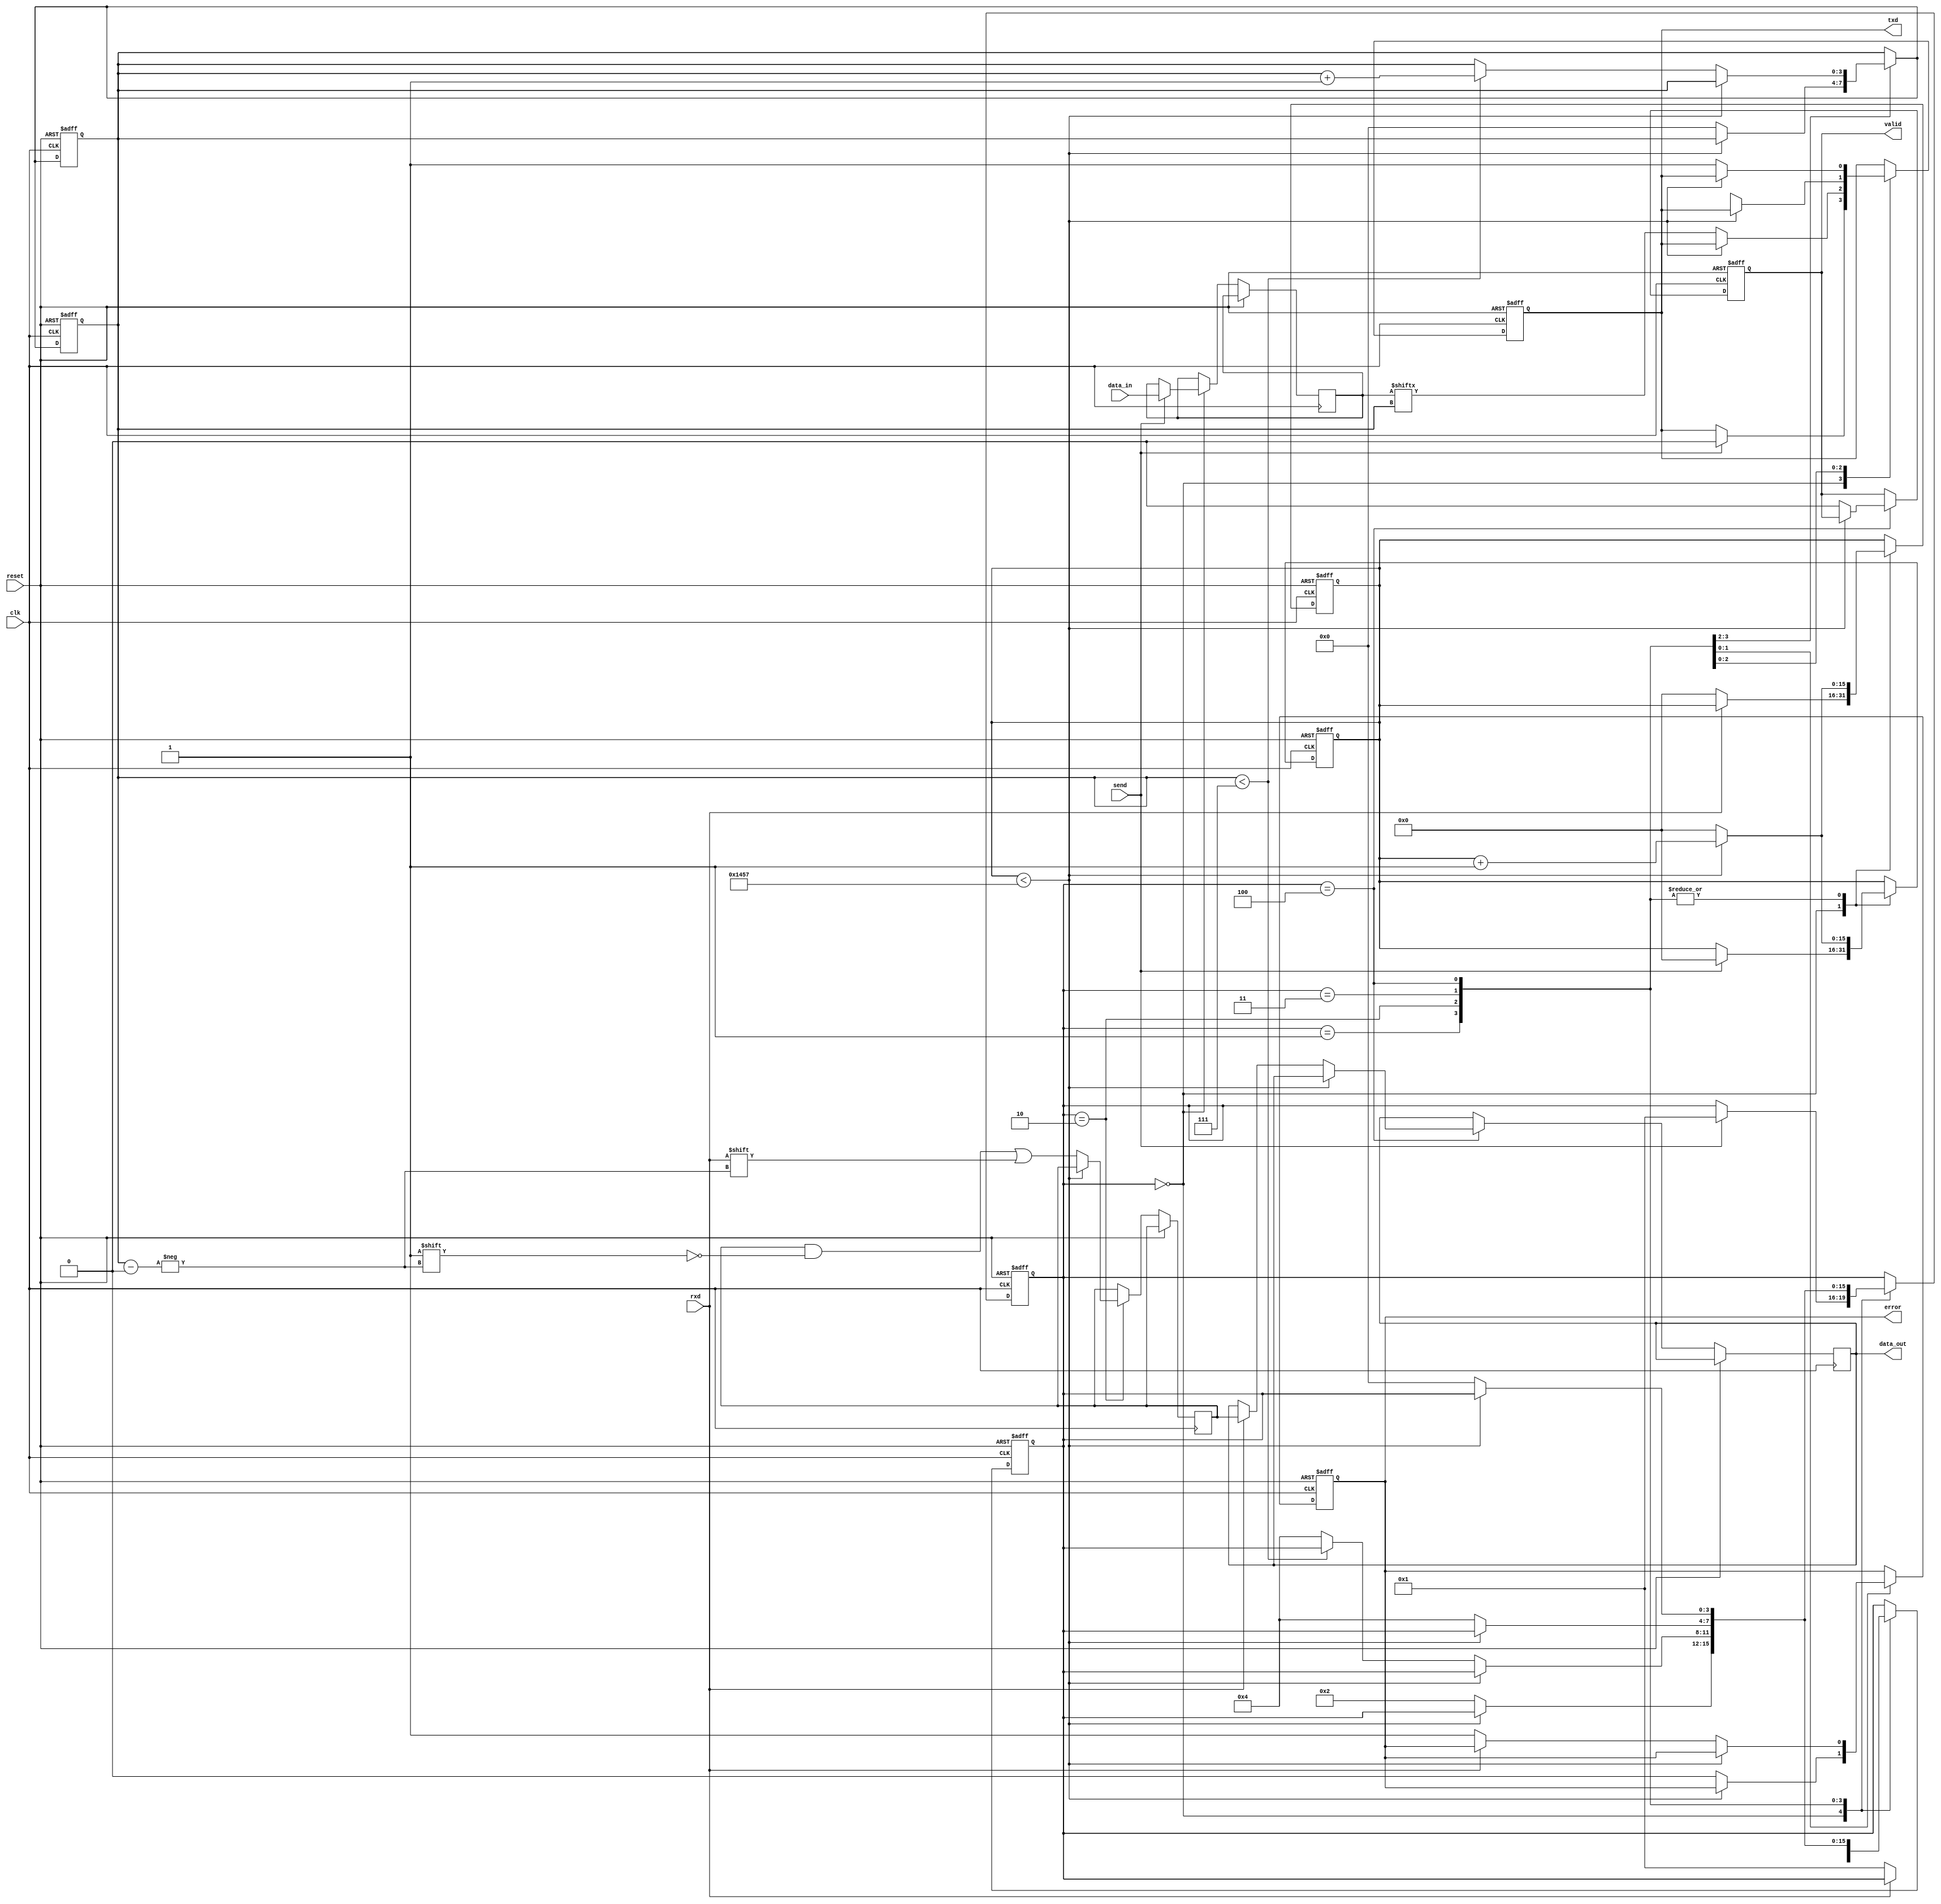
module parameterized_uart #(
    parameter BAUD_RATE = 9600,
    parameter DATA_BITS = 8,
    parameter STOP_BITS = 1,
    parameter PARITY = "NONE", // Options: "NONE", "EVEN", "ODD"
    parameter CLOCK_FREQ = 50000000
)(
    input wire       clk,
    input wire       reset,
    input wire       rxd,         // RX Data Input
    output wire      txd,         // TX Data Output
    input wire [DATA_BITS-1:0] data_in, // Data to send
    input wire       send,           // Send data signal
    output reg [DATA_BITS-1:0] data_out, // Received data
    output reg       valid,          // Valid data output
    output reg       error           // Receive error signal
);

// Internal signals
localparam CLOCKS_PER_BIT = CLOCK_FREQ / BAUD_RATE;
localparam TOTAL_BITS = DATA_BITS + STOP_BITS + (PARITY != "NONE" ? 1 : 0);

reg [3:0] state, next_state;
reg [3:0] bit_count;
reg [15:0] baud_counter;
reg [DATA_BITS-1:0] tx_shift_reg;
reg [DATA_BITS-1:0] rx_shift_reg;
reg parity_bit;

localparam TX_IDLE = 0, TX_START = 1, TX_DATA = 2, TX_PARITY = 3, TX_STOP = 4;
localparam RX_IDLE = 0, RX_START = 1, RX_DATA = 2, RX_PARITY = 3, RX_STOP = 4;

reg rxd_buffer;

// Transmitter
always @(posedge clk or posedge reset) begin
    if (reset) begin
        bit_count <= 0;
        baud_counter <= 0;
        state <= TX_IDLE;
        txd <= 1; // Idle state
    end else begin
        case (state)
            TX_IDLE: begin
                if (send) begin
                    tx_shift_reg <= data_in;
                    baud_counter <= 0;
                    state <= TX_START;
                    txd <= 0; // Start bit
                end
            end
            TX_START: begin
                if (baud_counter < CLOCKS_PER_BIT - 1) begin
                    baud_counter <= baud_counter + 1;
                end else begin
                    baud_counter <= 0;
                    state <= TX_DATA;
                    bit_count <= 0;
                end
            end
            TX_DATA: begin
                if (baud_counter < CLOCKS_PER_BIT - 1) begin
                    baud_counter <= baud_counter + 1;
                end else begin
                    baud_counter <= 0;
                    txd <= tx_shift_reg[bit_count];
                    if (bit_count < DATA_BITS - 1) begin
                        bit_count <= bit_count + 1;
                    end else begin
                        if (PARITY != "NONE") begin
                            state <= TX_PARITY;
                            bit_count <= 0;
                            // Calculate parity bit
                            parity_bit <= (PARITY == "EVEN") ? 
                                ~^tx_shift_reg : ^tx_shift_reg; 
                        end else begin
                            state <= TX_STOP;
                        end
                    end
                end
            end
            TX_PARITY: begin
                if (baud_counter < CLOCKS_PER_BIT - 1) begin
                    baud_counter <= baud_counter + 1;
                end else begin
                    baud_counter <= 0;
                    txd <= parity_bit;
                    state <= TX_STOP;
                end
            end
            TX_STOP: begin
                if (baud_counter < CLOCKS_PER_BIT - 1) begin
                    baud_counter <= baud_counter + 1;
                end else begin
                    baud_counter <= 0;
                    txd <= 1; // Stop bit
                    state <= TX_IDLE;
                end
            end
        endcase
    end
end

// Receiver
always @(posedge clk or posedge reset) begin
    if (reset) begin
        state <= RX_IDLE;
        bit_count <= 0;
        baud_counter <= 0;
        valid <= 0;
        error <= 0;
    end else begin
        case (state)
            RX_IDLE: begin
                if (rxd == 0) begin // Start bit detected
                    baud_counter <= 0;
                    state <= RX_START;
                end
            end
            RX_START: begin
                if (baud_counter < CLOCKS_PER_BIT - 1) begin
                    baud_counter <= baud_counter + 1;
                end else begin
                    baud_counter <= 0;
                    state <= RX_DATA;
                    bit_count <= 0;
                end
            end
            RX_DATA: begin
                if (baud_counter < CLOCKS_PER_BIT - 1) begin
                    baud_counter <= baud_counter + 1;
                end else begin
                    baud_counter <= 0;
                    rx_shift_reg[bit_count] <= rxd; // Read data bit
                    if (bit_count < DATA_BITS - 1) begin
                        bit_count <= bit_count + 1;
                    end else begin
                        if (PARITY != "NONE") begin
                            state <= RX_PARITY;
                        end else begin
                            state <= RX_STOP;
                        end
                    end
                end
            end
            RX_PARITY: begin
                if (baud_counter < CLOCKS_PER_BIT - 1) begin
                    baud_counter <= baud_counter + 1;
                end else begin
                    baud_counter <= 0;
                    // Parity check
                    if ((PARITY == "EVEN" && ^rx_shift_reg != rxd) ||
                        (PARITY == "ODD" && ^rx_shift_reg == rxd)) begin
                        error <= 1; // There was a parity error
                    end else begin
                        error <= 0;
                    end
                    state <= RX_STOP;
                end
            end
            RX_STOP: begin
                if (baud_counter < CLOCKS_PER_BIT - 1) begin
                    baud_counter <= baud_counter + 1;
                end else begin
                    baud_counter <= 0;
                    if (rxd == 1) begin // Check stop bit
                        data_out <= rx_shift_reg; 
                        valid <= 1; // Data is valid
                    end else begin
                        error <= 1; // Framing error
                    end
                    state <= RX_IDLE;
                    valid <= 0; // Reset valid signal
                end
            end
        endcase
    end
end

endmodule